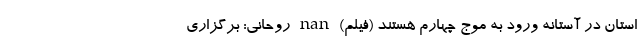
استان در آستانه ورود به موج چهارم هستند (فیلم) nan روحانی: برگزاری